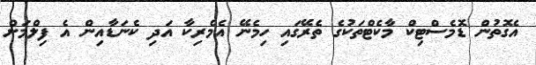
އެގޮތުން ޑޮމެސްޓިކް މާކެޓްތަކުގެ ތެރޭގައި ހިމެނޭ އެމެރިކާ އަދި ކެނަޑާއިން އެ ފިލްމަށް